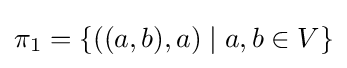
\pi _{1}=\{((a,b),a)\mid a,b\in V\}